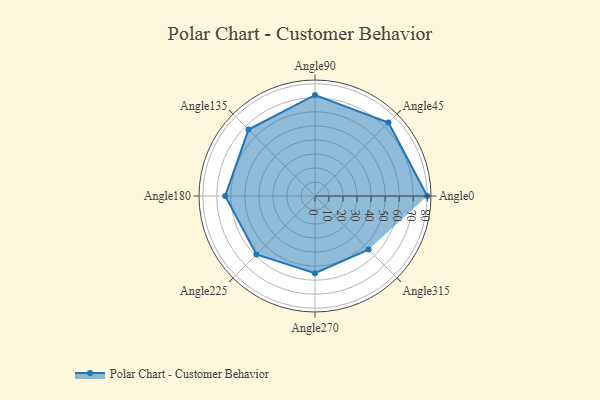
{"axis": {"x": "Angle", "y": "Radius"}, "legend": [""], "data": [{"x": "Angle0", "y": 80.0, "type": ""}, {"x": "Angle45", "y": 74.0, "type": ""}, {"x": "Angle90", "y": 72.0, "type": ""}, {"x": "Angle135", "y": 67.0, "type": ""}, {"x": "Angle180", "y": 64.0, "type": ""}, {"x": "Angle225", "y": 59.0, "type": ""}, {"x": "Angle270", "y": 55.0, "type": ""}, {"x": "Angle315", "y": 54.0, "type": ""}]}